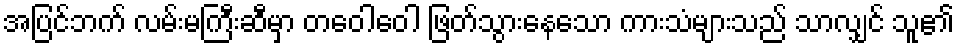
အပြင်ဘက် လမ်းမကြီးဆီမှာ တဝေါဝေါ ဖြတ်သွားနေသော ကားသံများသည် သာလျှင် သူ၏